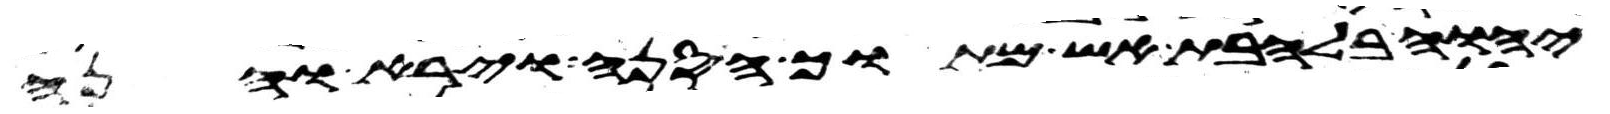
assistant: יהוה בלהבת אש מתוך הסנה וירא והנה